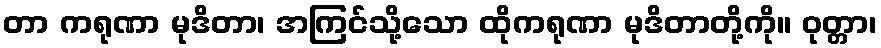
တာ ကရုဏာ မုဒိတာ၊ အကြင်သို့သော ထိုကရုဏာ မုဒိတာတို့ကို။ ဝုတ္တာ၊